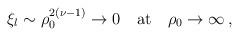
LaTeX: \begin{align*}\xi_l \sim \rho_0^{2(\nu - 1)} \rightarrow 0 \quad {\rm at} \quad \rho_0\rightarrow\infty\,,\end{align*}